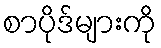
စာပိုဒ်များကို